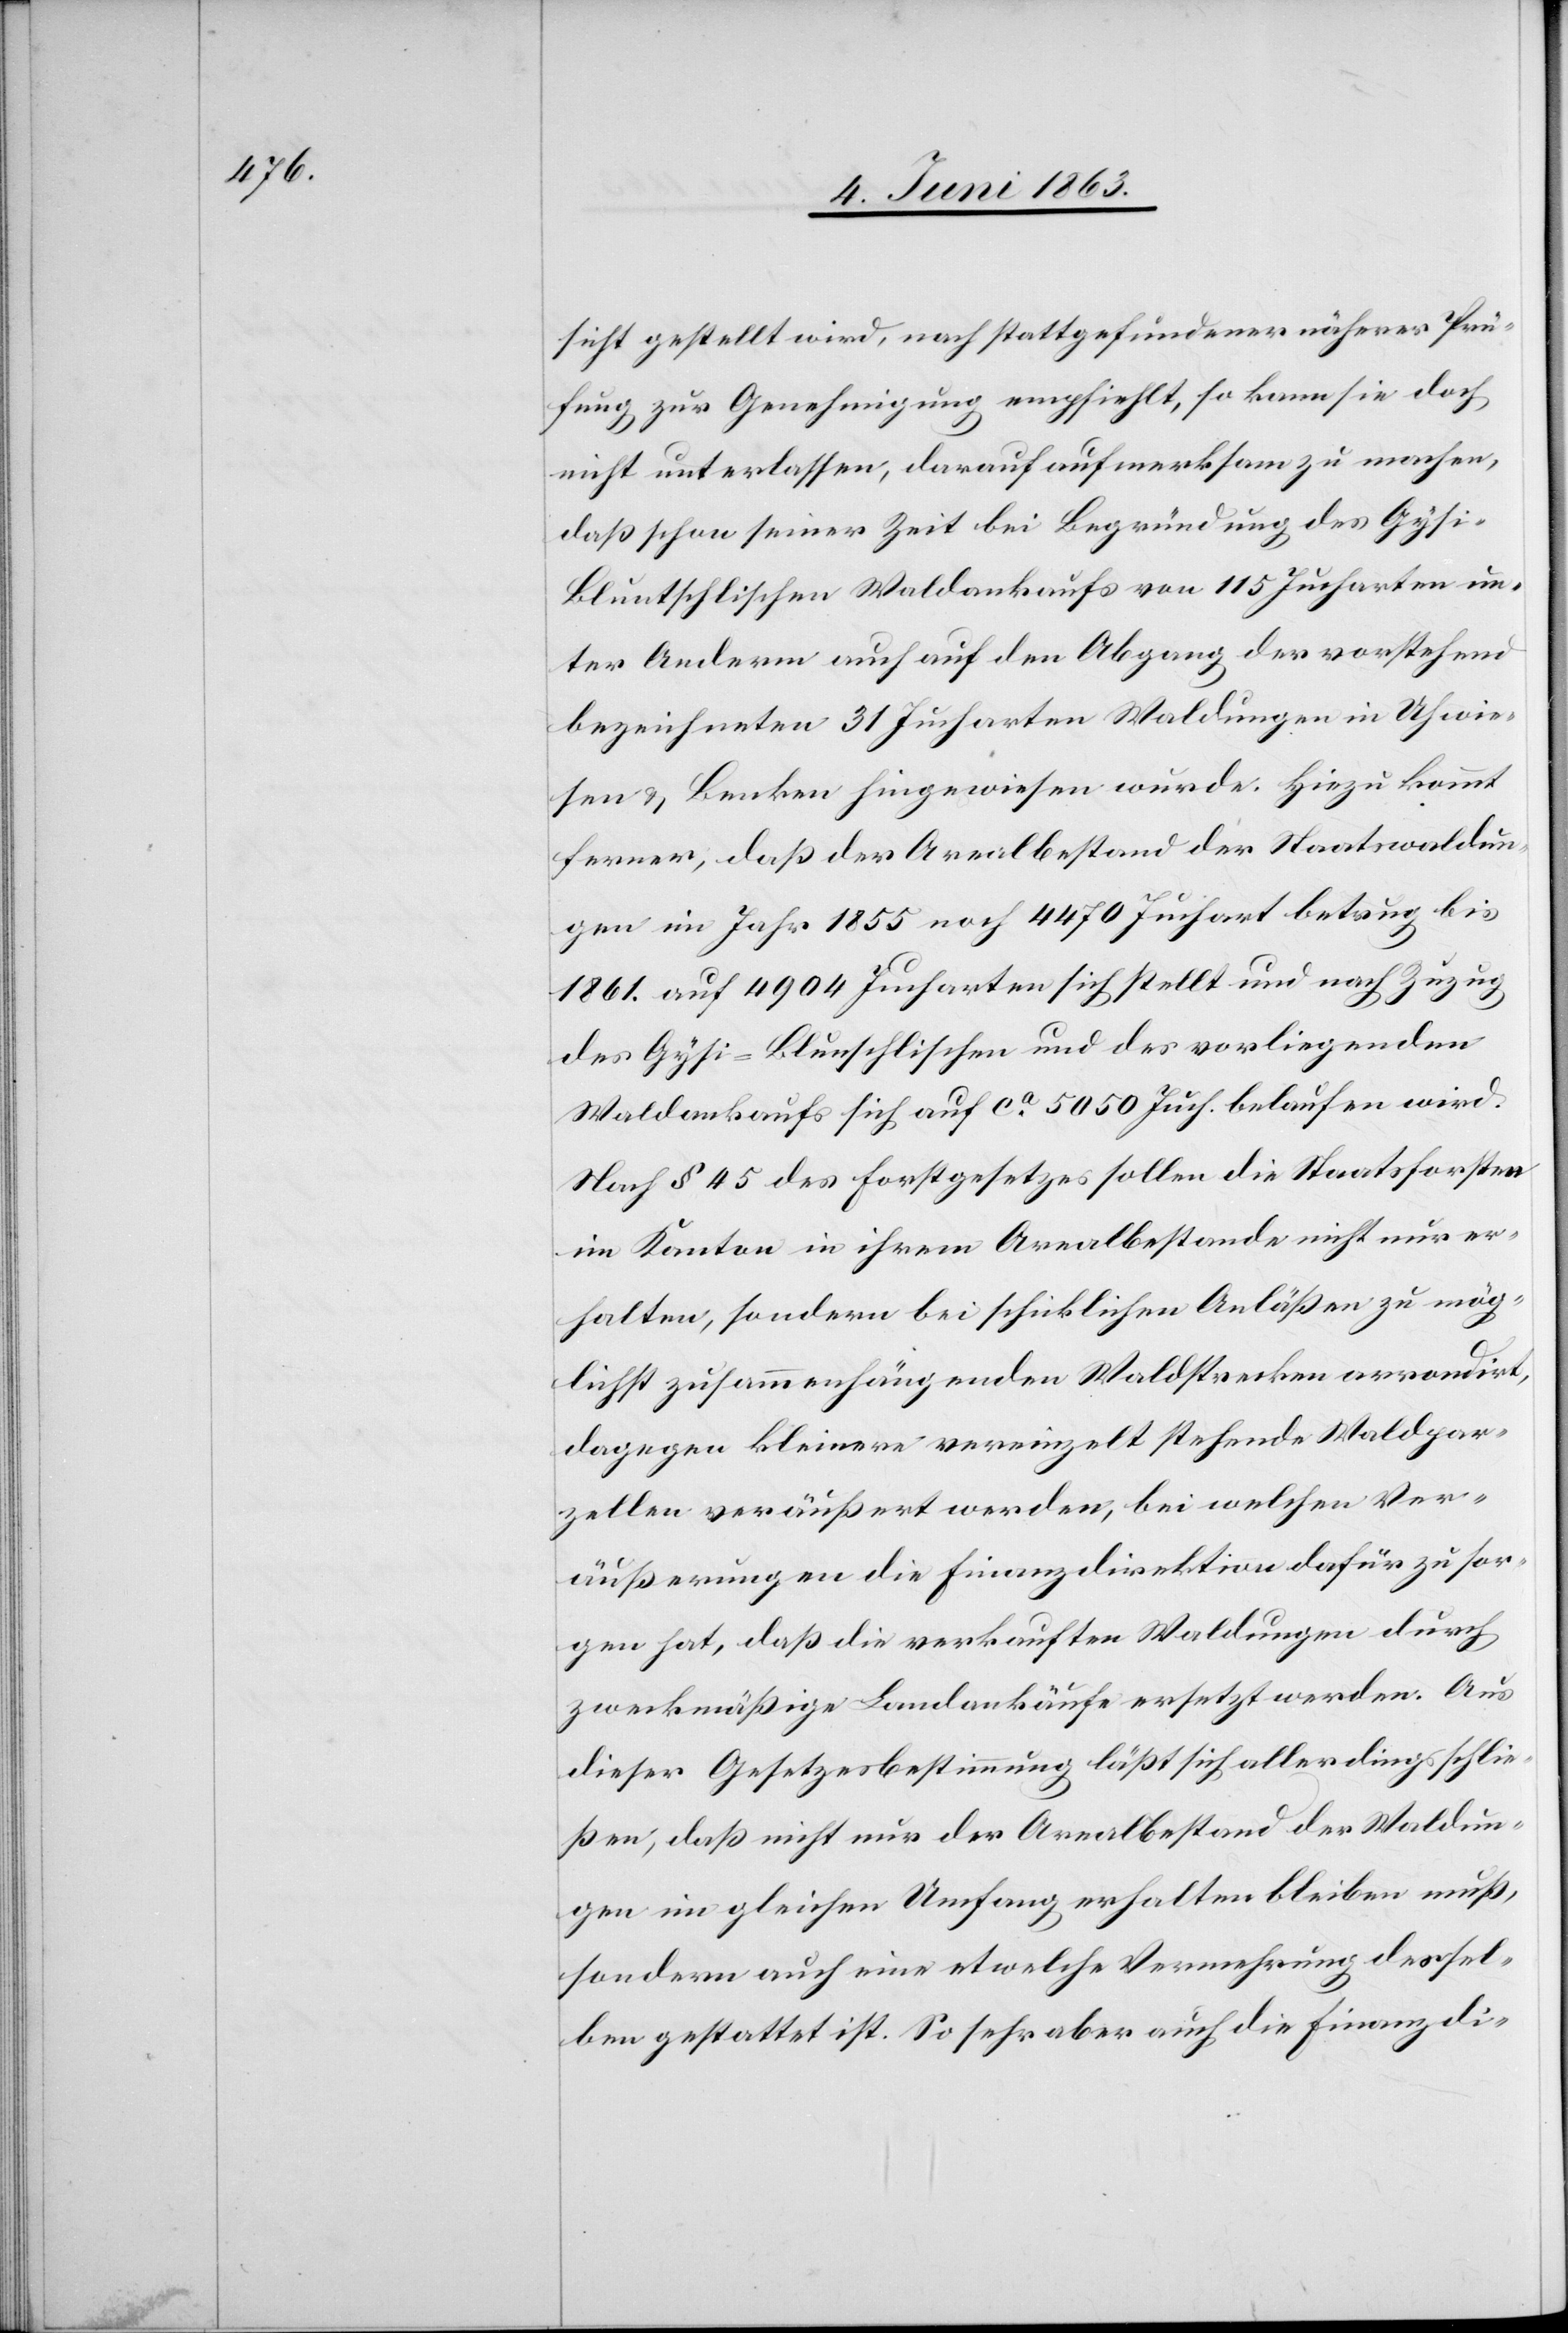
sicht gestellt wird, nach stattgefundener näherer Prü¬
fung zur Genehmigung empfiehlt, so kann sie doch
nicht unterlassen, darauf aufmerksam zu machen,
daß schon seiner Zeit bei Begründung des Gys¬
i-Bluntschlischen Waldankaufs von 115 Jucharten un¬
ter Anderm auch auf den Abgang der vorstehend
bezeichneten 31 Jucharten Waldungen in Uhwie¬
sen & Benken hingewiesen wurde. Hiezu kommt
ferner, daß der Arealbestand der Staatswaldun¬
gen im Jahr 1855 noch 4470 Juchart betrug bis
1861. auf 4904 Jucharten sich stellt und nach Zuzug
des Gysei-Blunschlischen [sic!] und des vorliegenden
Waldankaufs sich auf ca 5050 Juch. belaufen wird.
Nach § 45 des Forstgesetzes sollen die Staatsforsten
im Kanton in ihrem Arealbestande nicht nur er¬
halten, sondern bei schicklichen Anläßen zu mög¬
lichst zusammenhängenden Waldstrecken arrondirt,
dagegen kleinere vereinzelt stehende Waldpar¬
zellen veräußert werden, bei welchen Ver¬
äußerungen die Finanzdirektion dafür zu sor¬
gen hat, daß die verkauften Waldungen durch
zweckmäßige Landankäufe ersetzt werden. Aus
dieser Gesetzesbestimmung läßt sich allerdings schlie¬
ßen, daß nicht nur der Arealbestand der Waldun¬
gen im gleichen Umfang erhalten bleiben muß,
sondern auch eine etwelche Vermehrung dessel¬
ben gestattet ist. So sehr aber auch die Finanzdi-